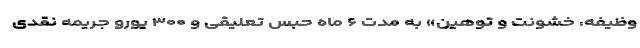
وظیفه، خشونت و توهین» به مدت ۶ ماه حبس تعلیقی و ۳۰۰ یورو جریمه نقدی